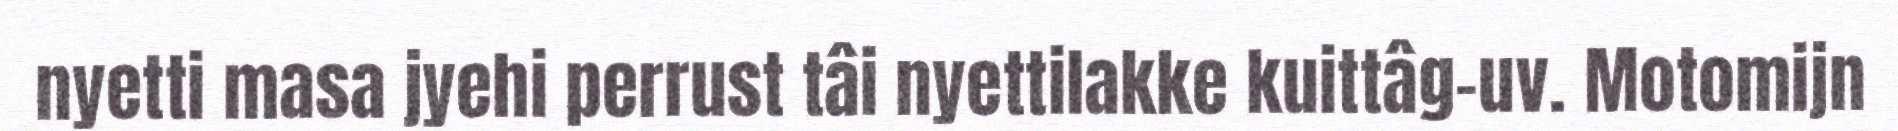
nyetti masa jyehi perrust tâi nyettilakke kuittâg-uv. Motomijn